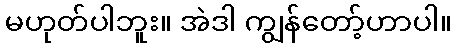
မဟုတ်ပါဘူး။ အဲဒါ ကျွန်တော့်ဟာပါ။